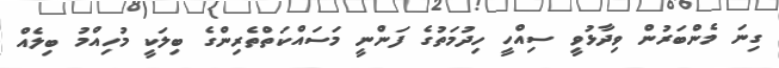
ގިނަ މެންބަރުން ވިދާޅުވީ ސިއްހީ ހިދުމަތުގެ ފަންނީ މަސައްކަތްތެރިންގެ ބިލަކީ މުހިއްމު ބިލެއް